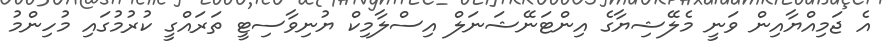
އެ ޖަމިއްޔާއިން ވަނީ މެލޭޝިޔާގެ އިންޓަނޭޝަނަލް އިސްލާމިކް ޔުނިވާސިޓީ ތަރައްގީ ކުރުމުގައި މުހިންމު